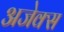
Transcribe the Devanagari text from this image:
अजेक्स